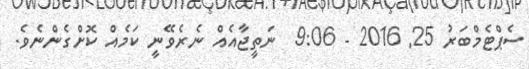
ސެޕްޓެމްބަރު 25